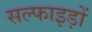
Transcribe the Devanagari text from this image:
सल्फाइड़ों